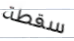
سقطة